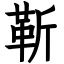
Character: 靳